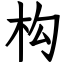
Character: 构